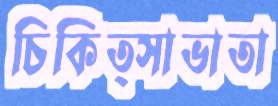
চিকিত্সাভাতা